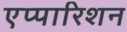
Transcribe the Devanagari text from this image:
एप्पारिशन